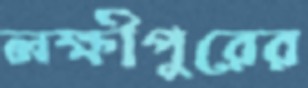
লক্ষীপুরের